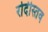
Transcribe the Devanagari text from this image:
रोदीस्तव